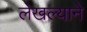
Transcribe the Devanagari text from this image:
लेखल्याने